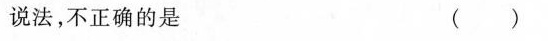
说法，不正确的是 ( )